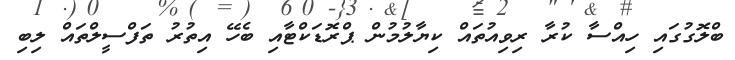
ބްލޮގުގައި ހިއްސާ ކުރާ ރިވިއުތައް ކިޔާލުމުން ޕްރޮޑަކްޓާއި ބެހޭ އިތުރު ތަފްސީލްތައް ލިބި